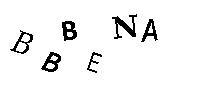
BBBENA